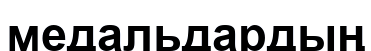
медальдардың